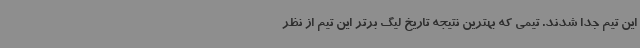
این تیم جدا شدند. تیمی که بهترین نتیجه تاریخ لیگ برتر این تیم از نظر